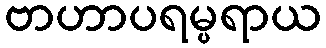
ဗာဟာပရမ္ပရာယ